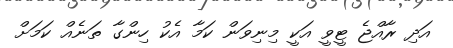
އަދި ރާއްޖެ ޓީވީ އަކީ މިނިވަން ކަމާ އެކު ހިންގާ ތަނެއް ކަމަށް